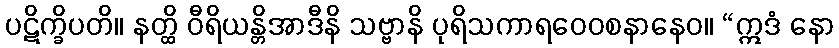
ပဋိက္ခိပတိ။ နတ္ထိ ဝီရိယန္တိအာဒီနိ သဗ္ဗာနိ ပုရိသကာရဝေဝစနာနေဝ။ “ဣဒံ နော